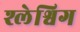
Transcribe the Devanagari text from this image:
श्लेश्विग